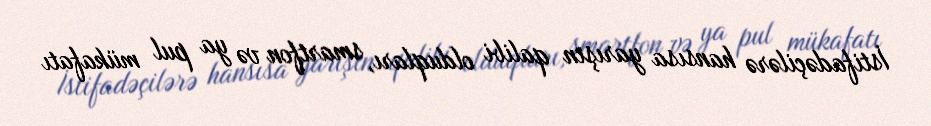
İstifadəçilərə hansısa yarışın qalibi olduqları, smartfon və ya pul mükafatı